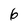
Character: 6